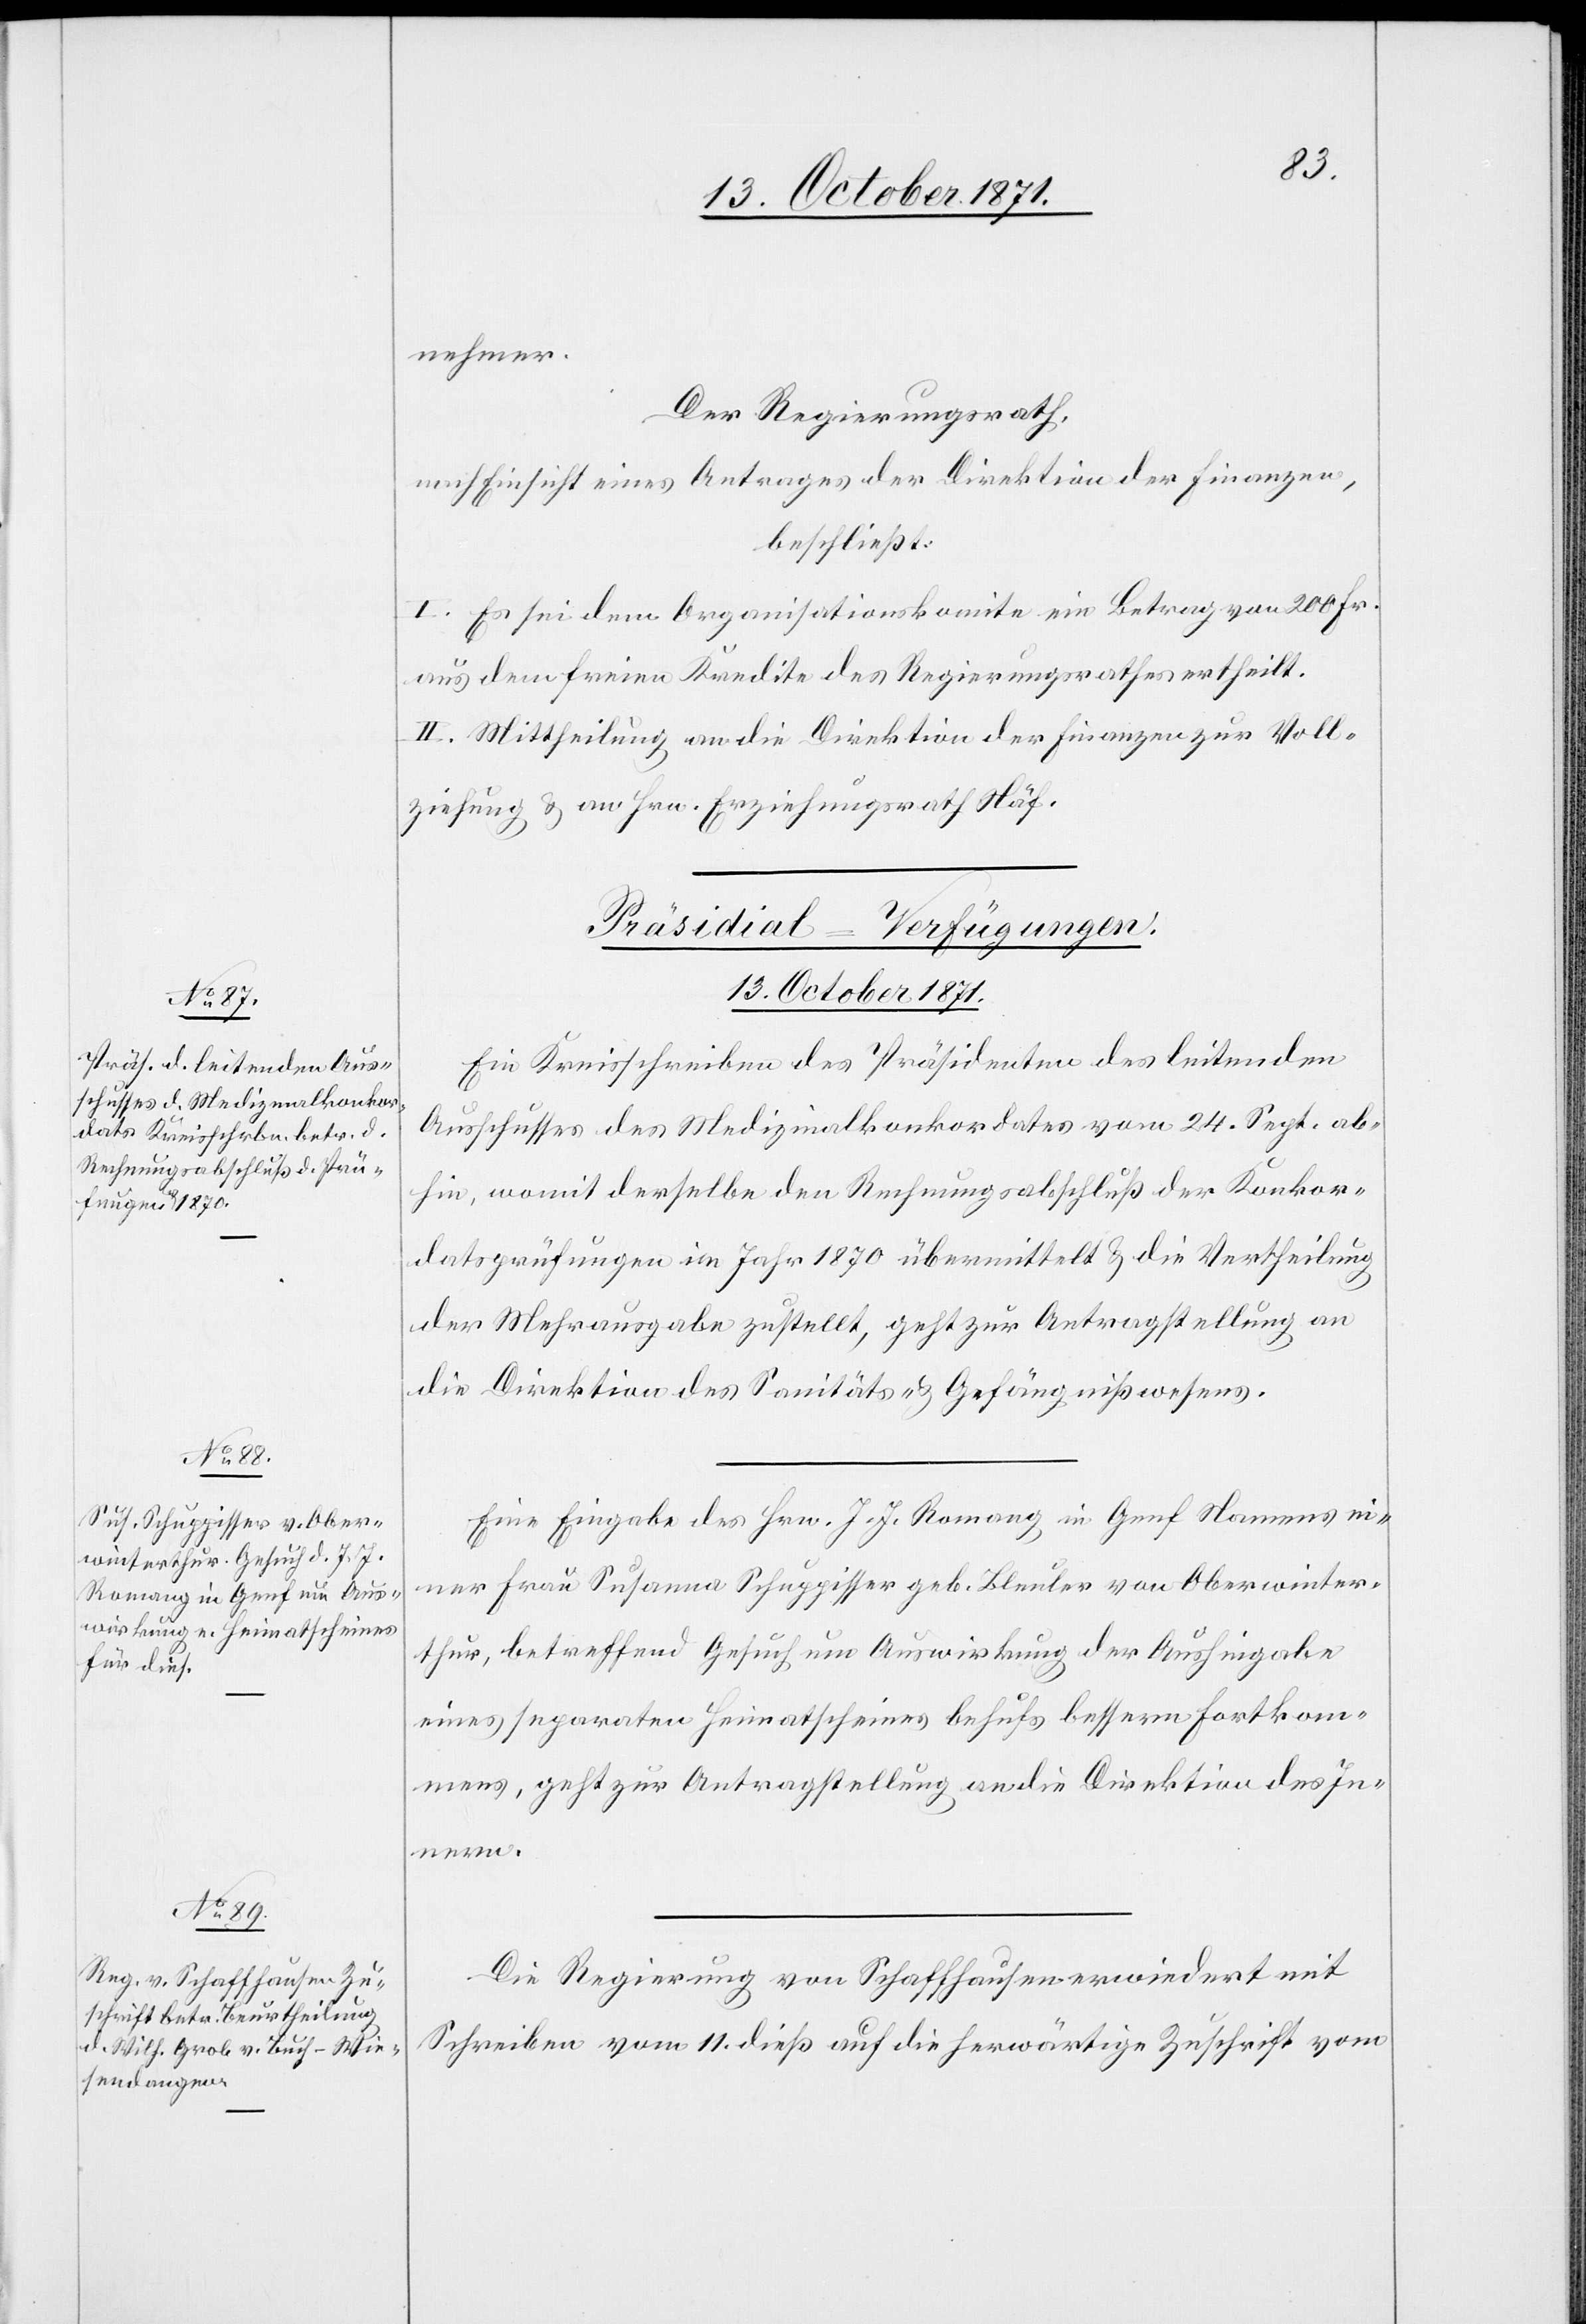
nehmer.
Der Regierungsrath,
nach Einsicht eines Antrages der Direktion der Finanzen,
beschließt:
I. Es sei dem Organisationskomite ein Betrag von 200 Fr.
aus dem freien Kredite des Regierungsrathes ertheilt.
II. Mittheilung an die Direktion der Finanzen zur Voll¬
ziehung & an Hrn. Erziehungsrath Näf.
[Präsidial-Verfügungen
13. October 1871.]
Ein Kreisschreiben des Präsidenten des leitenden
Ausschusses des Medizinalkonkordates vom 24. Sept. ab¬
hin, womit derselbe den Rechnungsabschluß der Konkor¬
datsprüfungen im Jahr 1870 übermittelt & die Vertheilung
der Mehrausgabe zustellt, geht zur Antragstellung an
die Direktion des Sanitäts- & Gefängnißwesens.
Eine Eingabe des Hrn. J. J. Romang in Genf Namens ei¬
ner Frau Susanna Schuppisser geb. Bleuler von Oberwinter¬
thur, betreffend Gesuch um Auswirkung der Aushingabe
eines separaten Heimatscheines behufs bessern Fortkom¬
mens, geht zur Antragstellung an die Direktion des In¬
nern.
Die Regierung von Schaffhausen erwiedert mit
Schreiben vom 11. dieß auf die herwärtige Zuschrift vom